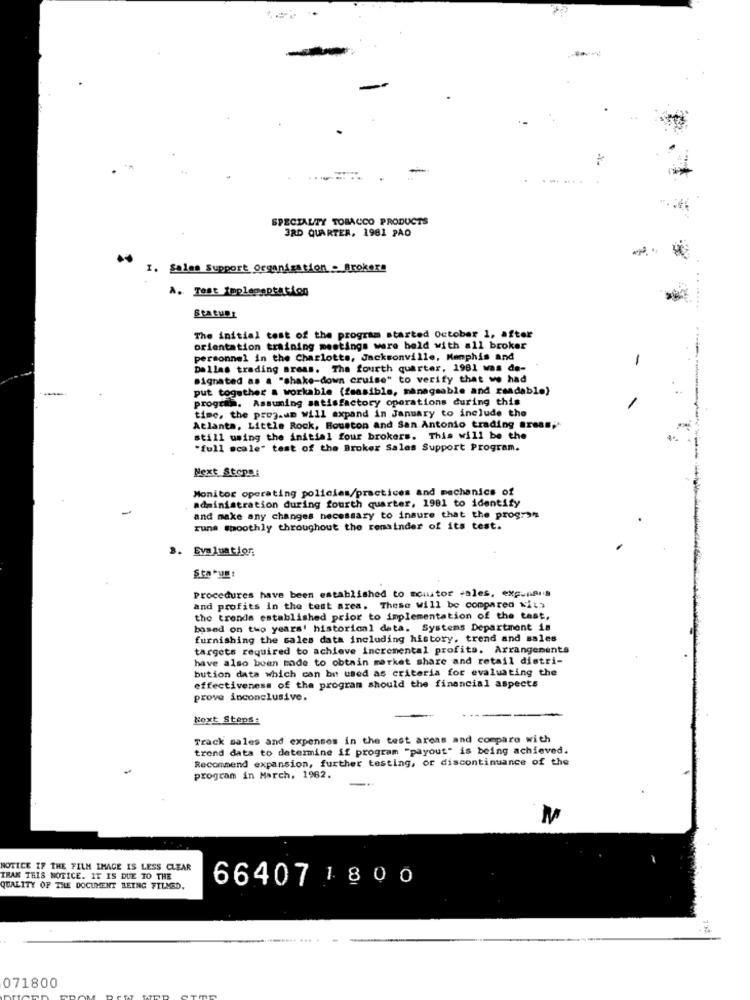
.......
SPECIALTY TOBACCO PRODUCTS
3RD QUARTER, 1981 PAO
I. Sales Support Organisation - Brokera
À. Test Implementation
Statuer
The initial test of the program started October 1, after
orientation training mestings were held with all broker
personnel in the Charlotte, Jacksonville, Memphis and
Dallas trading areas. The fourth quarter, 1981 was de-
Bignated as a "shake-down cruise" to verify that we had
put together a workable (feasible, manageable and readable)
program. Assuming satisfactory operations during this
time, the prog.am will expand in January to include the
Atlanta, Little Rock, Houston and San Antonio trading aress;
still using the initial four brokers. This will be the
"full scale" test of the Broker Sales Support Program.
Next Steps:
Monitor operating policies/practices and mechanics of
administration during fourth quarter, 1981 to identify
and make any changes necessary to insure that the prog"y"
runs smoothly throughout the remainder of its test.
3. Evaluation
Status
Procedures have been established to monitor sales, expunais
and profits in the test area. These will be compared with
the trends established prior to implementation of the test,
based on two years' historical data. Systems Department is
furnishing the sales data including history. trend and sales
targets required to achieve incremental profits. Arrangements
have also been made to obtain market share and retail distri-
bution data which can be used as criteria for evaluating the
effectiveness of the program should the financial aspects
prove inconclusive.
Next Steps:
Track sales and expenses in the test areas and compare with
trond data to determine if program "payout" is being achieved.
Recommend expansion, further testing, or discontinuance of the
program in March, 1982.
M
NOTICE IF THE FILM IMAGE IS LESS CLEAR
IRAK THIS NOTICE. IT IS DUE TO THE
66407 1 800
QUALITY OF THE DOCUMENT BEING FILMED.
071800